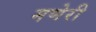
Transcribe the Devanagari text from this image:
मणेरी